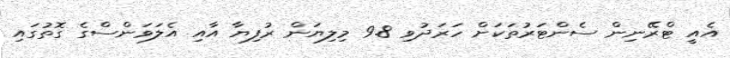
އެއީ ޓްރޭނިން ސެންޓަރުތަކަށް ހަރަދުވި 9.8 މިލިޔަން ރުފިޔާ އާއި އެލަވަންސްގެ ގޮތުގައި